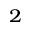
_ 2